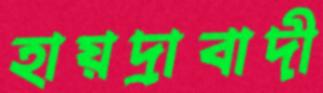
হায়দ্রাবাদী